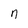
Character: n